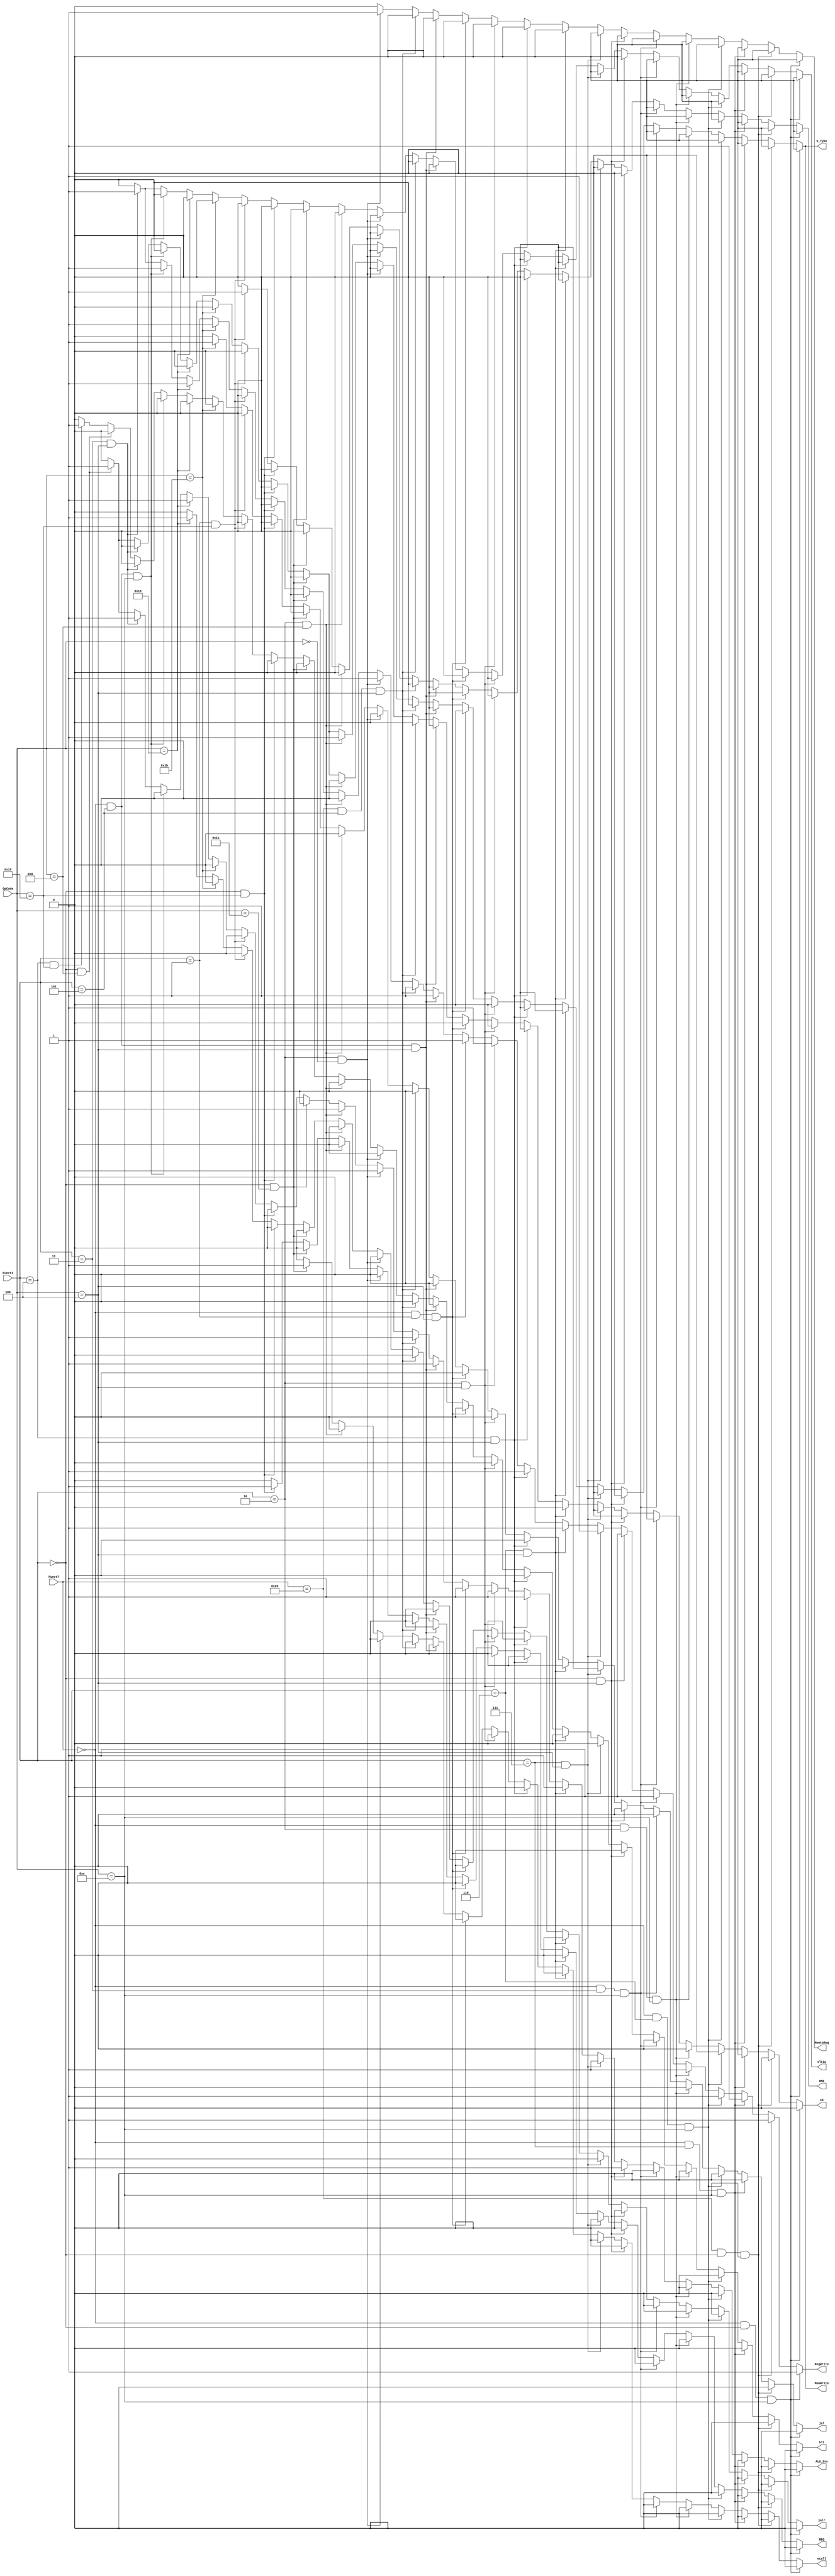
//
module control_signal_controller(Funct7,Funct3,OpCode,MemtoReg,MemWrite,ALU_Src,RegWrite,ecall,S_Type,BEQ,BNE,jal,jalr,sltiu,sb,blt);
    input[7:0] Funct7;
    input[2:0] Funct3;
    input[4:0] OpCode;
    output reg MemtoReg,MemWrite,ALU_Src,RegWrite,ecall,S_Type,BEQ,BNE,jal,jalr,sltiu,sb,blt;
    always@(Funct7,Funct3,OpCode)begin
        if(Funct7==7'b0000000 && Funct3==3'b000 && OpCode==5'b01100) 
            {MemtoReg,MemWrite,ALU_Src,RegWrite,ecall,S_Type,BEQ,BNE,jal,jalr,sltiu,sb,blt}=13'b0001000000000;//add
        else if(Funct7==7'b0100000 && Funct3==3'b000 && OpCode==5'b01100) 
            {MemtoReg,MemWrite,ALU_Src,RegWrite,ecall,S_Type,BEQ,BNE,jal,jalr,sltiu,sb,blt}=13'b0001000000000;//sub
        else if(Funct7==7'b0000000 && Funct3==3'b111 && OpCode==5'b01100) 
            {MemtoReg,MemWrite,ALU_Src,RegWrite,ecall,S_Type,BEQ,BNE,jal,jalr,sltiu,sb,blt}=13'b0001000000000;//and
        else if(Funct7==7'b0000000 && Funct3==3'b110 && OpCode==5'b01100) 
            {MemtoReg,MemWrite,ALU_Src,RegWrite,ecall,S_Type,BEQ,BNE,jal,jalr,sltiu,sb,blt}=13'b0001000000000;//or
        else if(Funct7==7'b0000000 && Funct3==3'b010 && OpCode==5'b01100) 
            {MemtoReg,MemWrite,ALU_Src,RegWrite,ecall,S_Type,BEQ,BNE,jal,jalr,sltiu,sb,blt}=13'b0001000000000;//slt
        else if(Funct7==7'b0000000 && Funct3==3'b011 && OpCode==5'b01100) 
            {MemtoReg,MemWrite,ALU_Src,RegWrite,ecall,S_Type,BEQ,BNE,jal,jalr,sltiu,sb,blt}=13'b0001000000000;//sltu
        else if(Funct3==3'b000 && OpCode==5'b00100) 
            {MemtoReg,MemWrite,ALU_Src,RegWrite,ecall,S_Type,BEQ,BNE,jal,jalr,sltiu,sb,blt}=13'b0011000000000;//addi
        else if(Funct3==3'b111 && OpCode==5'b00100) 
            {MemtoReg,MemWrite,ALU_Src,RegWrite,ecall,S_Type,BEQ,BNE,jal,jalr,sltiu,sb,blt}=13'b0011000000000;//andi
        else if(Funct3==3'b110 && OpCode==5'b00100) 
            {MemtoReg,MemWrite,ALU_Src,RegWrite,ecall,S_Type,BEQ,BNE,jal,jalr,sltiu,sb,blt}=13'b0011000000000;//ori
        else if(Funct3==3'b100 && OpCode==5'b00100) 
            {MemtoReg,MemWrite,ALU_Src,RegWrite,ecall,S_Type,BEQ,BNE,jal,jalr,sltiu,sb,blt}=13'b0011000000000;//xori
        else if(Funct3==3'b010 && OpCode==5'b00100) 
            {MemtoReg,MemWrite,ALU_Src,RegWrite,ecall,S_Type,BEQ,BNE,jal,jalr,sltiu,sb,blt}=13'b0011000000000;//slti
        else if(Funct7==7'b0000000 && Funct3==3'b001 && OpCode==5'b00100) 
            {MemtoReg,MemWrite,ALU_Src,RegWrite,ecall,S_Type,BEQ,BNE,jal,jalr,sltiu,sb,blt}=13'b0011000000000;//slli
        else if(Funct7==7'b0000000 && Funct3==3'b101 && OpCode==5'b00100) 
            {MemtoReg,MemWrite,ALU_Src,RegWrite,ecall,S_Type,BEQ,BNE,jal,jalr,sltiu,sb,blt}=13'b0011000000000;//srli
        else if(Funct7==7'b0100000 && Funct3==3'b101 && OpCode==5'b00100)
            {MemtoReg,MemWrite,ALU_Src,RegWrite,ecall,S_Type,BEQ,BNE,jal,jalr,sltiu,sb,blt}=13'b0011000000000;//srai
        else if(Funct3==3'b010 && OpCode==5'b00000)
            {MemtoReg,MemWrite,ALU_Src,RegWrite,ecall,S_Type,BEQ,BNE,jal,jalr,sltiu,sb,blt}=13'b1011000000000;//lw
        else if(Funct3==3'b010 && OpCode==5'b01000) 
            {MemtoReg,MemWrite,ALU_Src,RegWrite,ecall,S_Type,BEQ,BNE,jal,jalr,sltiu,sb,blt}=13'b0110010000000;//sw
        else if(Funct3==3'b000 && OpCode==5'b11100) 
            {MemtoReg,MemWrite,ALU_Src,RegWrite,ecall,S_Type,BEQ,BNE,jal,jalr,sltiu,sb,blt}=13'b0000100000000;//ecall
        else if(Funct3==3'b000 && OpCode==5'b11000) 
            {MemtoReg,MemWrite,ALU_Src,RegWrite,ecall,S_Type,BEQ,BNE,jal,jalr,sltiu,sb,blt}=13'b0000001000000;//beq
        else if(Funct3==3'b001 && OpCode==5'b11000) 
            {MemtoReg,MemWrite,ALU_Src,RegWrite,ecall,S_Type,BEQ,BNE,jal,jalr,sltiu,sb,blt}=13'b0000000100000;//bne
        else if(OpCode==5'b11011) 
            {MemtoReg,MemWrite,ALU_Src,RegWrite,ecall,S_Type,BEQ,BNE,jal,jalr,sltiu,sb,blt}=13'b0001000010000;//jal
        else if(OpCode==5'b11001) 
            {MemtoReg,MemWrite,ALU_Src,RegWrite,ecall,S_Type,BEQ,BNE,jal,jalr,sltiu,sb,blt}=13'b0011000001000;//jalr
        else if(Funct7==7'b0000000 && Funct3==3'b101 && OpCode==5'b01100) 
            {MemtoReg,MemWrite,ALU_Src,RegWrite,ecall,S_Type,BEQ,BNE,jal,jalr,sltiu,sb,blt}=13'b0001000000000;//srl
        else if(Funct3==3'b011 && OpCode==5'b00100) 
            {MemtoReg,MemWrite,ALU_Src,RegWrite,ecall,S_Type,BEQ,BNE,jal,jalr,sltiu,sb,blt}=13'b0011000000100;//sltiu
        else if(Funct3==3'b000 && OpCode==5'b01000) 
            {MemtoReg,MemWrite,ALU_Src,RegWrite,ecall,S_Type,BEQ,BNE,jal,jalr,sltiu,sb,blt}=13'b0110010000010;//sb
        else if(Funct3==3'b100 && OpCode==5'b11000) 
            {MemtoReg,MemWrite,ALU_Src,RegWrite,ecall,S_Type,BEQ,BNE,jal,jalr,sltiu,sb,blt}=13'b0000000000001;//blt
        else {MemtoReg,MemWrite,ALU_Src,RegWrite,ecall,S_Type,BEQ,BNE,jal,jalr,sltiu,sb,blt}=13'b0000000000000;
    end
endmodule